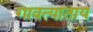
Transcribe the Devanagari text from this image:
गावत्याताय